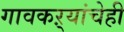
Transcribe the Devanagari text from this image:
गावकऱ्यांचेही